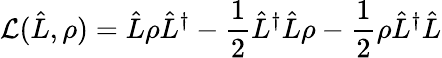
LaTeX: \mathcal{L}(\hat{L},\rho)=\hat{L}\rho\hat{L}^{\dagger}-\frac{1}{2}\hat{L}^{\dagger}\hat{L}\rho-\frac{1}{2}\rho\hat{L}^{\dagger}\hat{L}